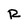
Character: R